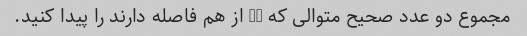
مجموع دو عدد صحیح متوالی که 11 از هم فاصله دارند را پیدا کنید.